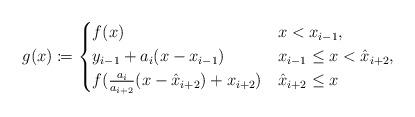
LaTeX: \begin{align*} g(x) \coloneqq \begin{cases} f(x) & x < x_{i-1}, \\ y_{i-1} + a_i (x-x_{i-1}) & x_{i-1} \leq x < \hat{x}_{i+2}, \\ f(\frac{a_i}{a_{i+2}} (x-\hat{x}_{i+2})+x_{i+2}) & \hat{x}_{i+2} \leq x \end{cases}\end{align*}